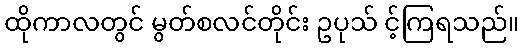
ထိုကာလတွင် မွတ်စလင်တိုင်း ဥပုသ် င့်ကြရသည်။